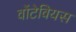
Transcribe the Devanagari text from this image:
वोंटेवियस